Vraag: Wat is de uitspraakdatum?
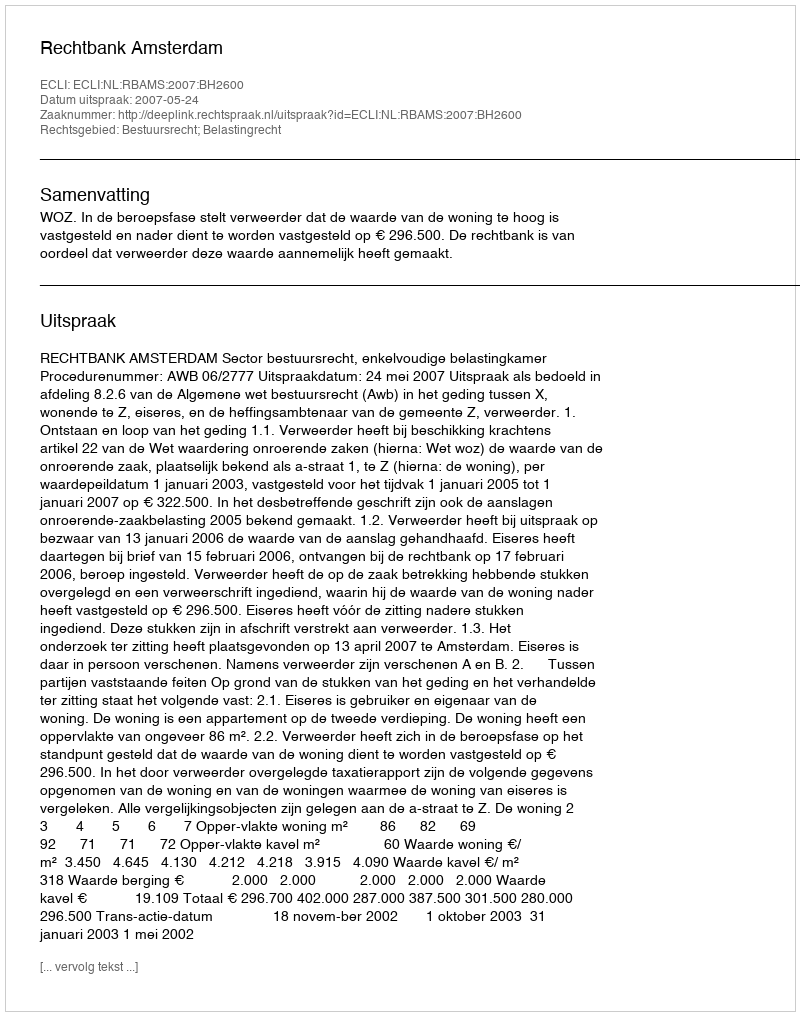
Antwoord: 2007-05-24